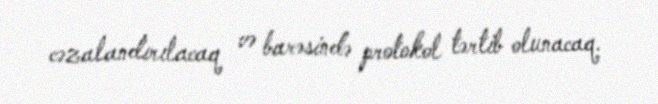
cəzalandırılacaq və barəsində protokol tərtib olunacaq.